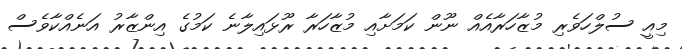
މިއީ ސުލްހަވެރި މުޒާހަރާއެއް ނޫން ކަމަށާއި މުޒާހަރާ ރޫޅައިލާނެ ކަމުގެ އިންޒާރު އަނެއްކާވެސް